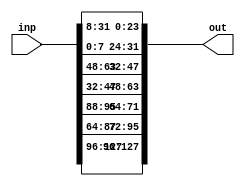
module shift_row(inp, out);
	input [127:0] inp;
	output [127:0] out; 
	
	assign out[127:96] = inp[127:96];
	assign out[95:64] = {inp[87:64],inp[95:88]};
	assign out[63:32] = {inp[47:32],inp[63:48]};
	assign out[31:0] = {inp[7:0],inp[31:8]};
	
endmodule